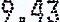
9.43